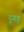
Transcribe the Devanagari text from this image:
दुगड़